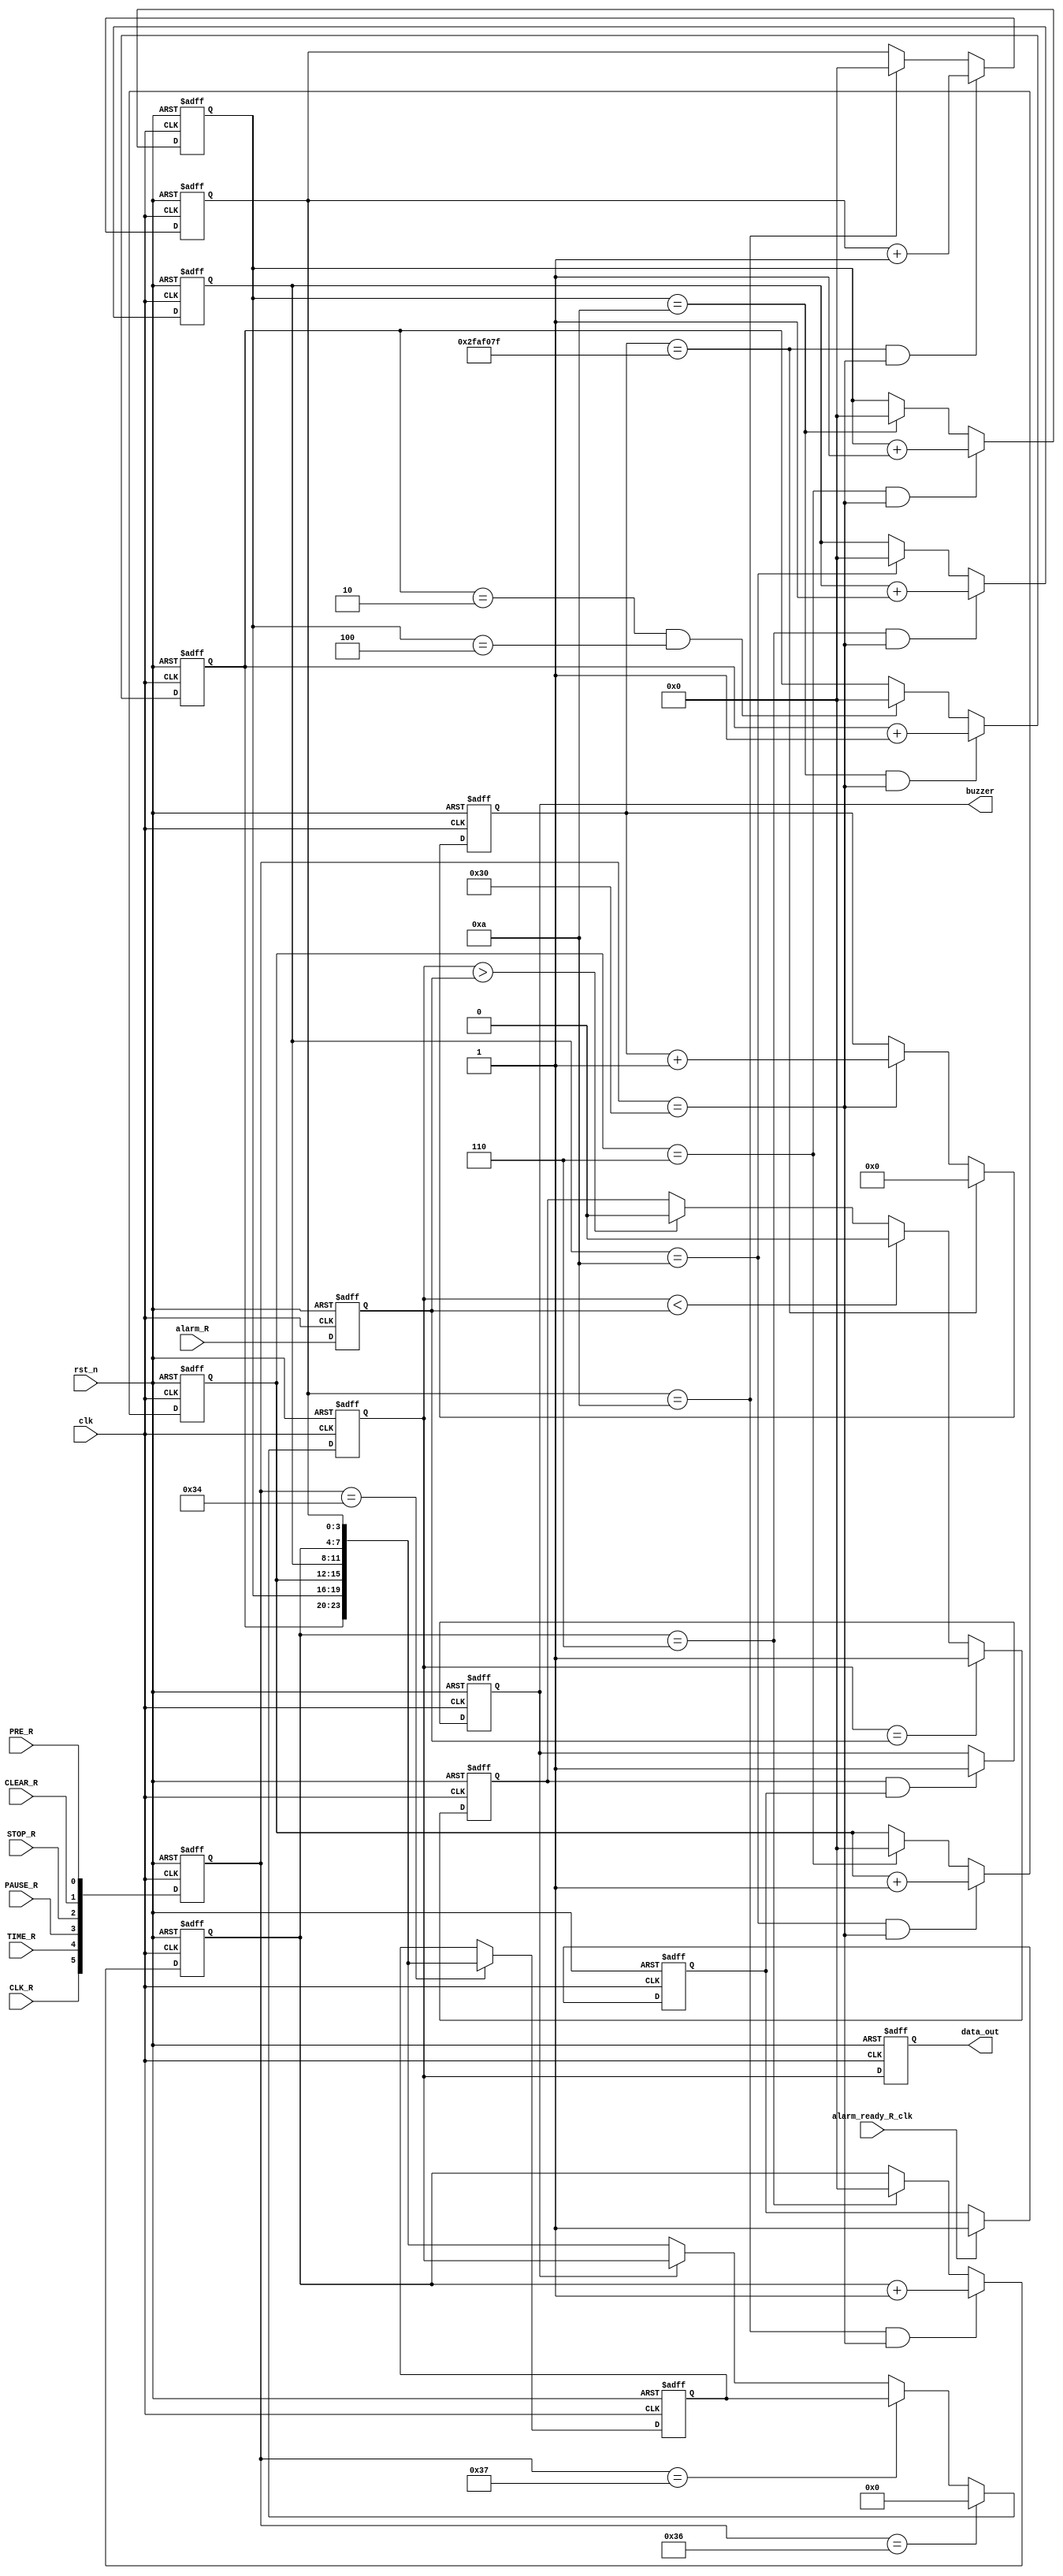
//?
module clk_extra (
input wire clk,
input wire rst_n,

input wire CLK_R,    //
input wire TIME_R, 
input wire PAUSE_R,
input wire STOP_R,   
input wire CLEAR_R, 
input wire PRE_R, 

input wire alarm_ready_R_clk,   //
input wire [23:0] alarm_R, //
   
output reg [23:0] data_out,
output reg buzzer   //
);
reg [23:0] data_out_reg;
reg [23:0] STOPPING_REG;    //
reg alarm_ready_R_reg;  //
reg [23:0] alarm_R_reg;
reg equal;      //
reg greater;
reg less;

reg [25:0] cnt;
reg [3:0] cnt_s_10;
reg [3:0] cnt_s_6;
reg [3:0] cnt_m_10;
reg [3:0] cnt_m_6;
reg [3:0] cnt_h_4;
reg [3:0] cnt_h_2;

reg [5:0] STATE_FLAG;   //?
parameter CNT_MAX=49999999;

always @(posedge clk or negedge rst_n) 
begin
    if (!rst_n) 
    begin
        STATE_FLAG<=0;    
    end    
    else
        STATE_FLAG<={CLK_R,TIME_R,PAUSE_R,STOP_R,CLEAR_R,PRE_R};
end

always @(posedge clk or negedge rst_n) 
begin
    if (!rst_n) 
    begin
        cnt<=0;    
    end        
    else if (cnt==CNT_MAX) 
    begin
        cnt<=0;    
    end
    else if (STATE_FLAG==6'b110000) 
    begin
        cnt<=cnt+1;
    end
    else
        cnt<=cnt;
end

always @(posedge clk or negedge rst_n) 
begin
    if (!rst_n) 
    begin
        cnt_s_10<=0;
    end    
    else if (cnt==CNT_MAX&&STATE_FLAG==6'b110000) 
    begin
        cnt_s_10<=cnt_s_10+1;    
    end
    else if (cnt_s_10==10)
    begin
        cnt_s_10<=0;
    end 
    else
        cnt_s_10<=cnt_s_10;
end

always @(posedge clk or negedge rst_n) 
begin
    if (!rst_n) 
    begin
        cnt_s_6<=0;
    end    
    else if (cnt_s_10==10&&STATE_FLAG==6'b110000) 
    begin
        cnt_s_6<=cnt_s_6+1;    
    end
    else if(cnt_s_6==6)
    begin
        cnt_s_6<=0;
    end 
    else
        cnt_s_6<=cnt_s_6;
end

always @(posedge clk or negedge rst_n) 
begin
    if (!rst_n) 
    begin
        cnt_m_10<=0;
    end    
    else if (cnt_s_6==6&&STATE_FLAG==6'b110000) 
    begin
        cnt_m_10<=cnt_m_10+1;    
    end
    else if (cnt_m_10==10)
    begin
        cnt_m_10<=0;
    end
    else
        cnt_m_10<=cnt_m_10;
end

always @(posedge clk or negedge rst_n) 
begin
    if (!rst_n) 
    begin
        cnt_m_6<=0;
    end    
    else if (cnt_m_10==10&&STATE_FLAG==6'b110000) 
    begin
        cnt_m_6<=cnt_m_6+1;    
    end
    else if (cnt_m_6==6)
    begin
        cnt_m_6<=0;
    end 
    else
        cnt_m_6<=cnt_m_6;
end

always @(posedge clk or negedge rst_n) 
begin
    if (!rst_n) 
    begin
        cnt_h_4<=0;    
    end
    else if (cnt_m_6==6&&STATE_FLAG==6'b110000) 
    begin
        cnt_h_4<=cnt_h_4+1;    
    end
    else if (cnt_h_4==10)
    begin
        cnt_h_4<=0;
    end
    else
        cnt_h_4<=cnt_h_4;
end

always @(posedge clk or negedge rst_n) 
begin
    if (!rst_n) 
    begin
        cnt_h_2<=0;    
    end
    else if (cnt_h_4==10&&STATE_FLAG==6'b110000) 
    begin
        cnt_h_2<=cnt_h_2+1;    
    end
    else if (cnt_h_2==2&&cnt_h_4==4)
    begin
        cnt_h_2<=0;
    end
    else
        cnt_h_2<=cnt_h_2;
end
/*--------------------------------------------------------------------------------------------*/

//STOPPING_REGPRE
always @(posedge clk or negedge rst_n) 
begin
    if (!rst_n) 
    begin
        STOPPING_REG<=0;    
    end    
    else if (STATE_FLAG==6'b110100) 
    begin
        STOPPING_REG<={cnt_h_2,cnt_h_4,cnt_m_6,cnt_m_10,cnt_s_6,cnt_s_10};    
    end   
end

//data_out_reg
always @(posedge clk or negedge rst_n) 
begin
    if (!rst_n) 
    begin
        data_out_reg<=0;    
    end
    else if (STATE_FLAG==6'b110110)   //
    begin
        data_out_reg<=0;    
    end    
    else if (STATE_FLAG==6'b110111)   //
    begin
        data_out_reg<=STOPPING_REG;    
    end
    else if (buzzer==1) 
    begin
        data_out_reg<=data_out_reg;  
    end
    else
        data_out_reg<={cnt_h_2,cnt_h_4,cnt_m_6,cnt_m_10,cnt_s_6,cnt_s_10};
end

always @(posedge clk or negedge rst_n) 
begin
    if (!rst_n) 
    begin
        data_out<=0;    
    end    
    else
        data_out<=data_out_reg;
end

//alarm_ready_R_reg,
always @(posedge clk or negedge rst_n) 
begin
    if (!rst_n) 
    begin
        alarm_ready_R_reg<=0;    
    end    
    else if (alarm_ready_R_clk) 
    begin
        alarm_ready_R_reg<=1;
    end
end
//
always @(posedge clk or negedge rst_n) 
begin
    if (!rst_n) 
    begin
        alarm_R_reg<=0;    
    end    
    else
        alarm_R_reg<=alarm_R;
end

//
always @(posedge clk or negedge rst_n) 
begin
    if (!rst_n) 
    begin
        equal<=0;
        greater<=0;
        less<=0;    
    end    
    else if (data_out_reg==alarm_R_reg) 
    begin
        equal<=1; 
        greater<=0;
        less<=0;   
    end
    else if (data_out_reg<alarm_R_reg) 
    begin
        equal<=0; 
        greater<=1;
        less<=0;  
    end
    else if (data_out_reg>alarm_R_reg) 
    begin
        equal<=0; 
        greater<=0;
        less<=1; 
    end  
end

//buzzer
always @(posedge clk or negedge rst_n) 
begin
    if (!rst_n) 
    begin
        buzzer<=0;    
    end    
    else if (equal&&alarm_ready_R_reg) 
    begin
        buzzer<=1;    
    end
end

endmodule